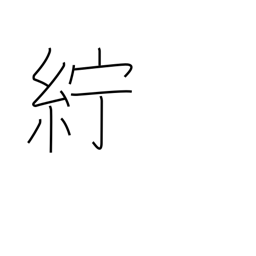
Meaning: linen